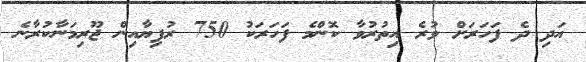
އަދި ދެ ފަހަރަށް ވުރެ އިތުރުވާ ކޮންމެ ފަހަރަކު 750 ރުފިޔާއިން ޖޫރިމަނާކުރާނެ